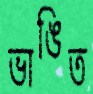
ভাঙিত